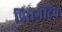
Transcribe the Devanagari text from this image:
प्रिरोगेटिव